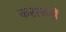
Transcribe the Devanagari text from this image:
कसकसें